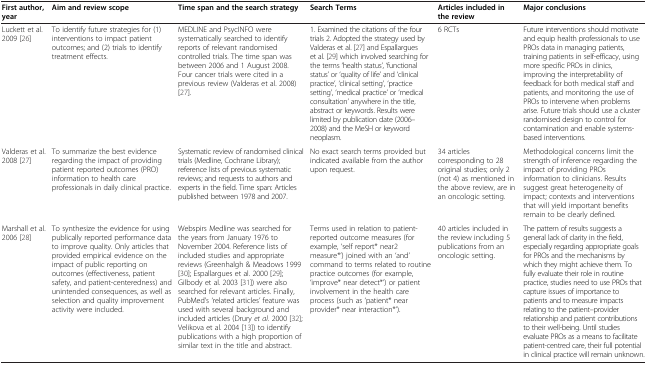
<table><thead><tr><td><b>First author, year</b></td><td><b>Aim and review scope</b></td><td><b>Time span and the search strategy</b></td><td><b>Search Terms</b></td><td><b>Articles included in the review</b></td><td><b>Major conclusions</b></td></tr></thead><tbody><tr><td>Luckett et al. 2009 [26]</td><td>To identify future strategies for (1) interventions to impact patient outcomes; and (2) trials to identify treatment effects.</td><td>MEDLINE and PsycINFO were systematically searched to identify reports of relevant randomised controlled trials. The time span was between 2006 and 1 August 2008. Four cancer trials were cited in a previous review (Valderas et al. 2008)[27].</td><td>1. Examined the citations of the four trials 2. Adopted the strategy used by Valderas et al. [27] and Espallargues et al. [29] which involved searching for the terms ‘health status’, ‘functional status’ or ‘quality of life’ and ‘clinical practice’, ‘clinical setting’, ‘practice setting’, ‘medical practice’ or ‘medical consultation’ anywhere in the title, abstract or keywords. Results were limited by publication date (2006–2008) and the MeSH or keyword neoplasm.</td><td>6 RCTs</td><td>Future interventions should motivate and equip health professionals to use PROs data in managing patients, training patients in self-efficacy, using more specific PROs in clinics, improving the interpretability of feedback for both medical staff and patients, and monitoring the use of PROs to intervene when problems arise. Future trials should use a cluster randomised design to control for contamination and enable systems-based interventions.</td></tr><tr><td>Valderas et al. 2008 [27]</td><td>To summarize the best evidence regarding the impact of providing patient reported outcomes (PRO) information to health care professionals in daily clinical practice.</td><td>Systematic review of randomised clinical trials (Medline, Cochrane Library); reference lists of previous systematic reviews; and requests to authors and experts in the field. Time span: Articles published between 1978 and 2007.</td><td>No exact search terms provided but indicated available from the author upon request.</td><td>34 articles corresponding to 28 original studies; only 2 (not 4) as mentioned in the above review, are in an oncologic setting.</td><td>Methodological concerns limit the strength of inference regarding the impact of providing PROs information to clinicians. Results suggest great heterogeneity of impact; contexts and interventions that will yield important benefits remain to be clearly defined.</td></tr><tr><td>Marshall et al. 2006 [28]</td><td>To synthesize the evidence for using publically reported performance data to improve quality. Only articles that provided empirical evidence on the impact of public reporting on outcomes (effectiveness, patient safety, and patient-centeredness) and unintended consequences, as well as selection and quality improvement activity were included.</td><td>Webspirs Medline was searched for the years from January 1976 to November 2004. Reference lists of included studies and appropriate reviews (Greenhalgh &amp; Meadows 1999[30]; Espallargues et al. 2000 [29]; Gilbody et al. 2003 [31]) were also searched for relevant articles. Finally, PubMed’s ‘related articles’ feature was used with several background and included articles (Drury <i>et al.</i> 2000 [32]; Velikova et al. 2004 [13]) to identify publications with a high proportion of similar text in the title and abstract.</td><td>Terms used in relation to patient-reported outcome measures (for example, ‘self report* near2 measure*’) joined with an ‘and’ command to terms related to routine practice outcomes (for example, ‘improve* near detect*’) or patient involvement in the health care process (such as ‘patient* near provider* near interaction*’).</td><td>40 articles included in the review including 5 publications from an oncologic setting.</td><td>The pattern of results suggests a general lack of clarity in the field, especially regarding appropriate goals for PROs and the mechanisms by which they might achieve them. To fully evaluate their role in routine practice, studies need to use PROs that capture issues of importance to patients and to measure impacts relating to the patient–provider relationship and patient contributions to their well-being. Until studies evaluate PROs as a means to facilitate patient-centred care, their full potential in clinical practice will remain unknown.</td></tr></tbody></table>